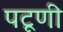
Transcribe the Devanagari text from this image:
पटूणी